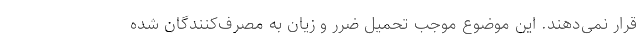
قرار نمی‌دهند. این موضوع موجب تحمیل ضرر و زیان به مصرف‌کنندگان شده